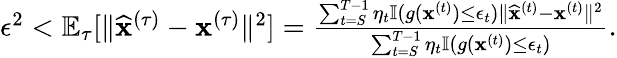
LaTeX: \begin{array}{r}{\epsilon^{2}<\mathbb{E}_{\tau}[\| \widehat{\mathbf x}^{(\tau)}-{\mathbf x}^{(\tau)}\| ^{2}]=\frac{\sum_{t=S}^{T-1}\eta_{t}\mathbb{I}(g({\mathbf x}^{(t)})\leq\epsilon_{t})\| \widehat{\mathbf x}^{(t)}-{\mathbf x}^{(t)}\| ^{2}}{\sum_{t=S}^{T-1}\eta_{t}\mathbb{I}(g({\mathbf x}^{(t)})\leq\epsilon_{t})}.}\end{array}